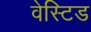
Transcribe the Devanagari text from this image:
वेस्टिड